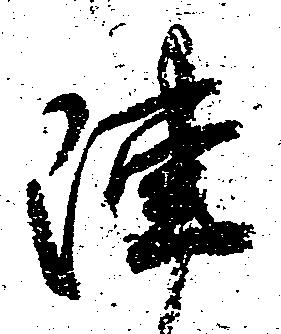
陣